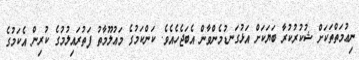
ނިޢުމަތްތަކަށް ޝުކުރުކުރާ ބަޔަކަށް އަޅުގަނޑުމެންވާން އެބަޖެހެއެވެ. ކަންކަމުގެ މަޢުލޫމާތު ފަތުރައިލުމުގެ ކުރިން އެކަމުގެ